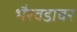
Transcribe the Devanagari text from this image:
भैरवडावर